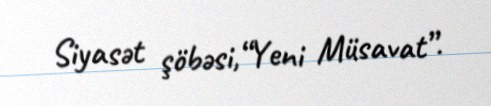
Siyasət şöbəsi,“Yeni Müsavat”.